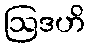
ဩဒဟိ